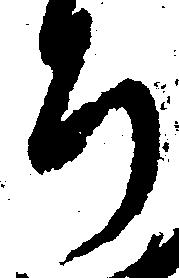
ち